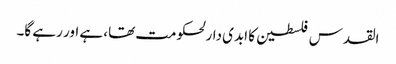
القدس فلسطین کا ابدی دارلحکومت تھا، ہے اور رہے گا۔